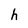
Character: h